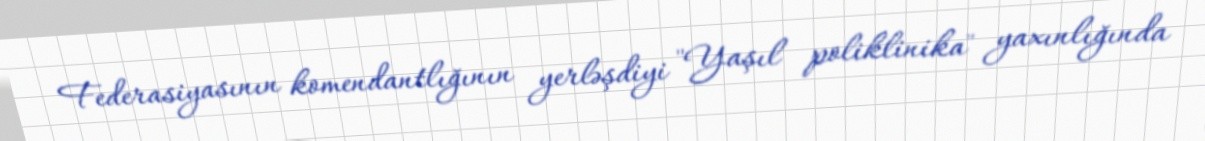
Federasiyasının komendantlığının yerləşdiyi "Yaşıl poliklinika" yaxınlığında